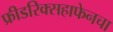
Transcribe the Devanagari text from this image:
फ्रीडरिक्सहाफेनचा